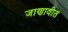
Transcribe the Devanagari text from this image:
जाणावीत